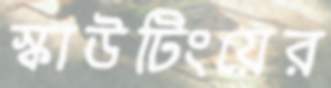
স্কাউটিংয়ের